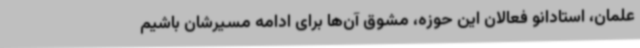
علمان، استادانو فعالان این حوزه، مشوق آن‌ها برای ادامه مسیرشان باشیم